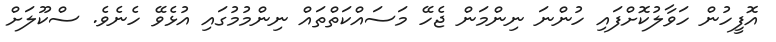
އޮފީހުން ހަވާލުކޮށްފައި ހުންނަ ނިންމަން ޖެހޭ މަސައްކަތްތައް ނިންމުމުގައި އުޅެވޭ ހެނެވެ. ސްކޫލަށް